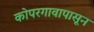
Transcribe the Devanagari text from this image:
कोपरगावापासून